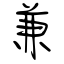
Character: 兼